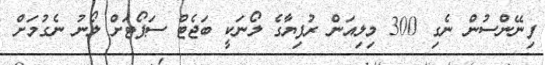
ފިނޭންސުން ނެގި 300 މިލިއަން ރުފިޔާގެ ލޯނަކީ ބަޖެޓް ސަޕޯޓަށް ލޯނު ނެގުމަށް